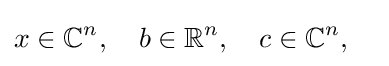
x\in \mathbb {C} ^{n},\quad b\in \mathbb {R} ^{n},\quad c\in \mathbb {C} ^{n},\quad